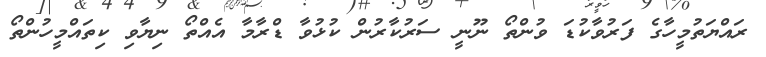
ރައްޔަތުމީހާގެ ފަރުވާކުޑަ ވުންތޯ ނޫނީ ސަރުކާރުން ކުޅުވާ ޑްރާމާ އެއްތޯ ނިޔާވި ކިތައްމީހުންތޯ